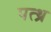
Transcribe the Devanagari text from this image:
पत्थ्र